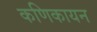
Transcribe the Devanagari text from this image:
कणिकायन